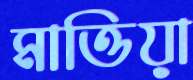
মাত্তিয়া